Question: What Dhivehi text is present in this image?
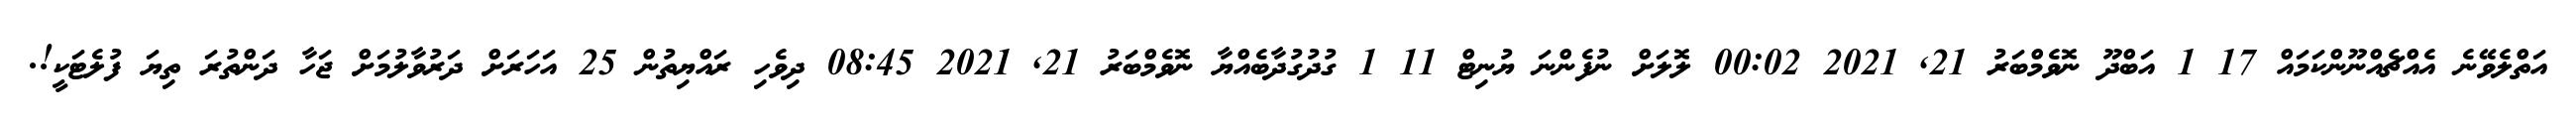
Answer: އަތްލެވޭނެ އެއްޗެއްނޫންކަމައް 17 1 އަބްދޫ ނޮވެމްބަރު 21, 2021 00:02 ލޮލަށް ނުފެންނަ ޔުނިޓް 11 1 ގުދުގުދާބެއްޔާ ނޮވެމްބަރު 21, 2021 08:45 ދިވެހި ރައްޔިތުން 25 އަހަރަށް ދަރުވާލުމަށް ޖަހާ ދަންތުރަ ތިޔަ ފުލެޓަކީ!.